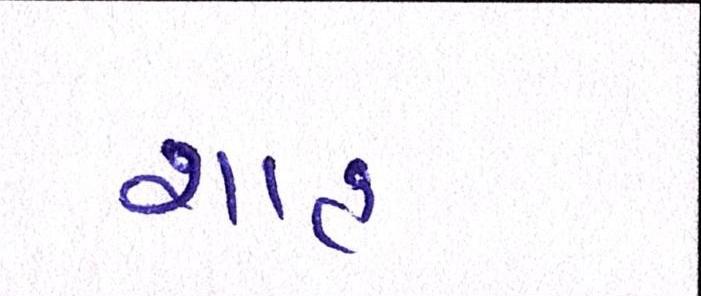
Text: શાહઃ